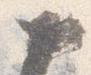
如